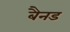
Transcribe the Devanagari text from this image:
बैनड